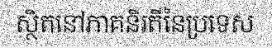
ស្ថិតនៅភាគនិរតីនៃប្រទេស